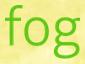
fog